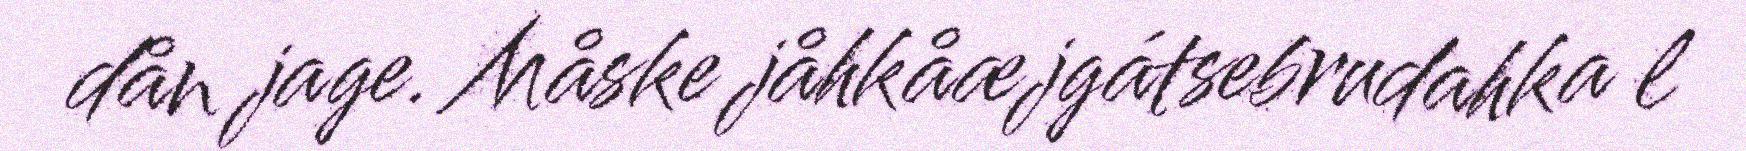
dån jage. Måske jåhkåæjgátsebrudahka l